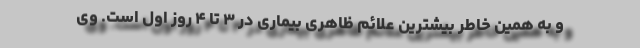
و به همین خاطر بیشترین علائم ظاهری بیماری در ۳ تا ۴ روز اول است. وی